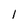
Character: I